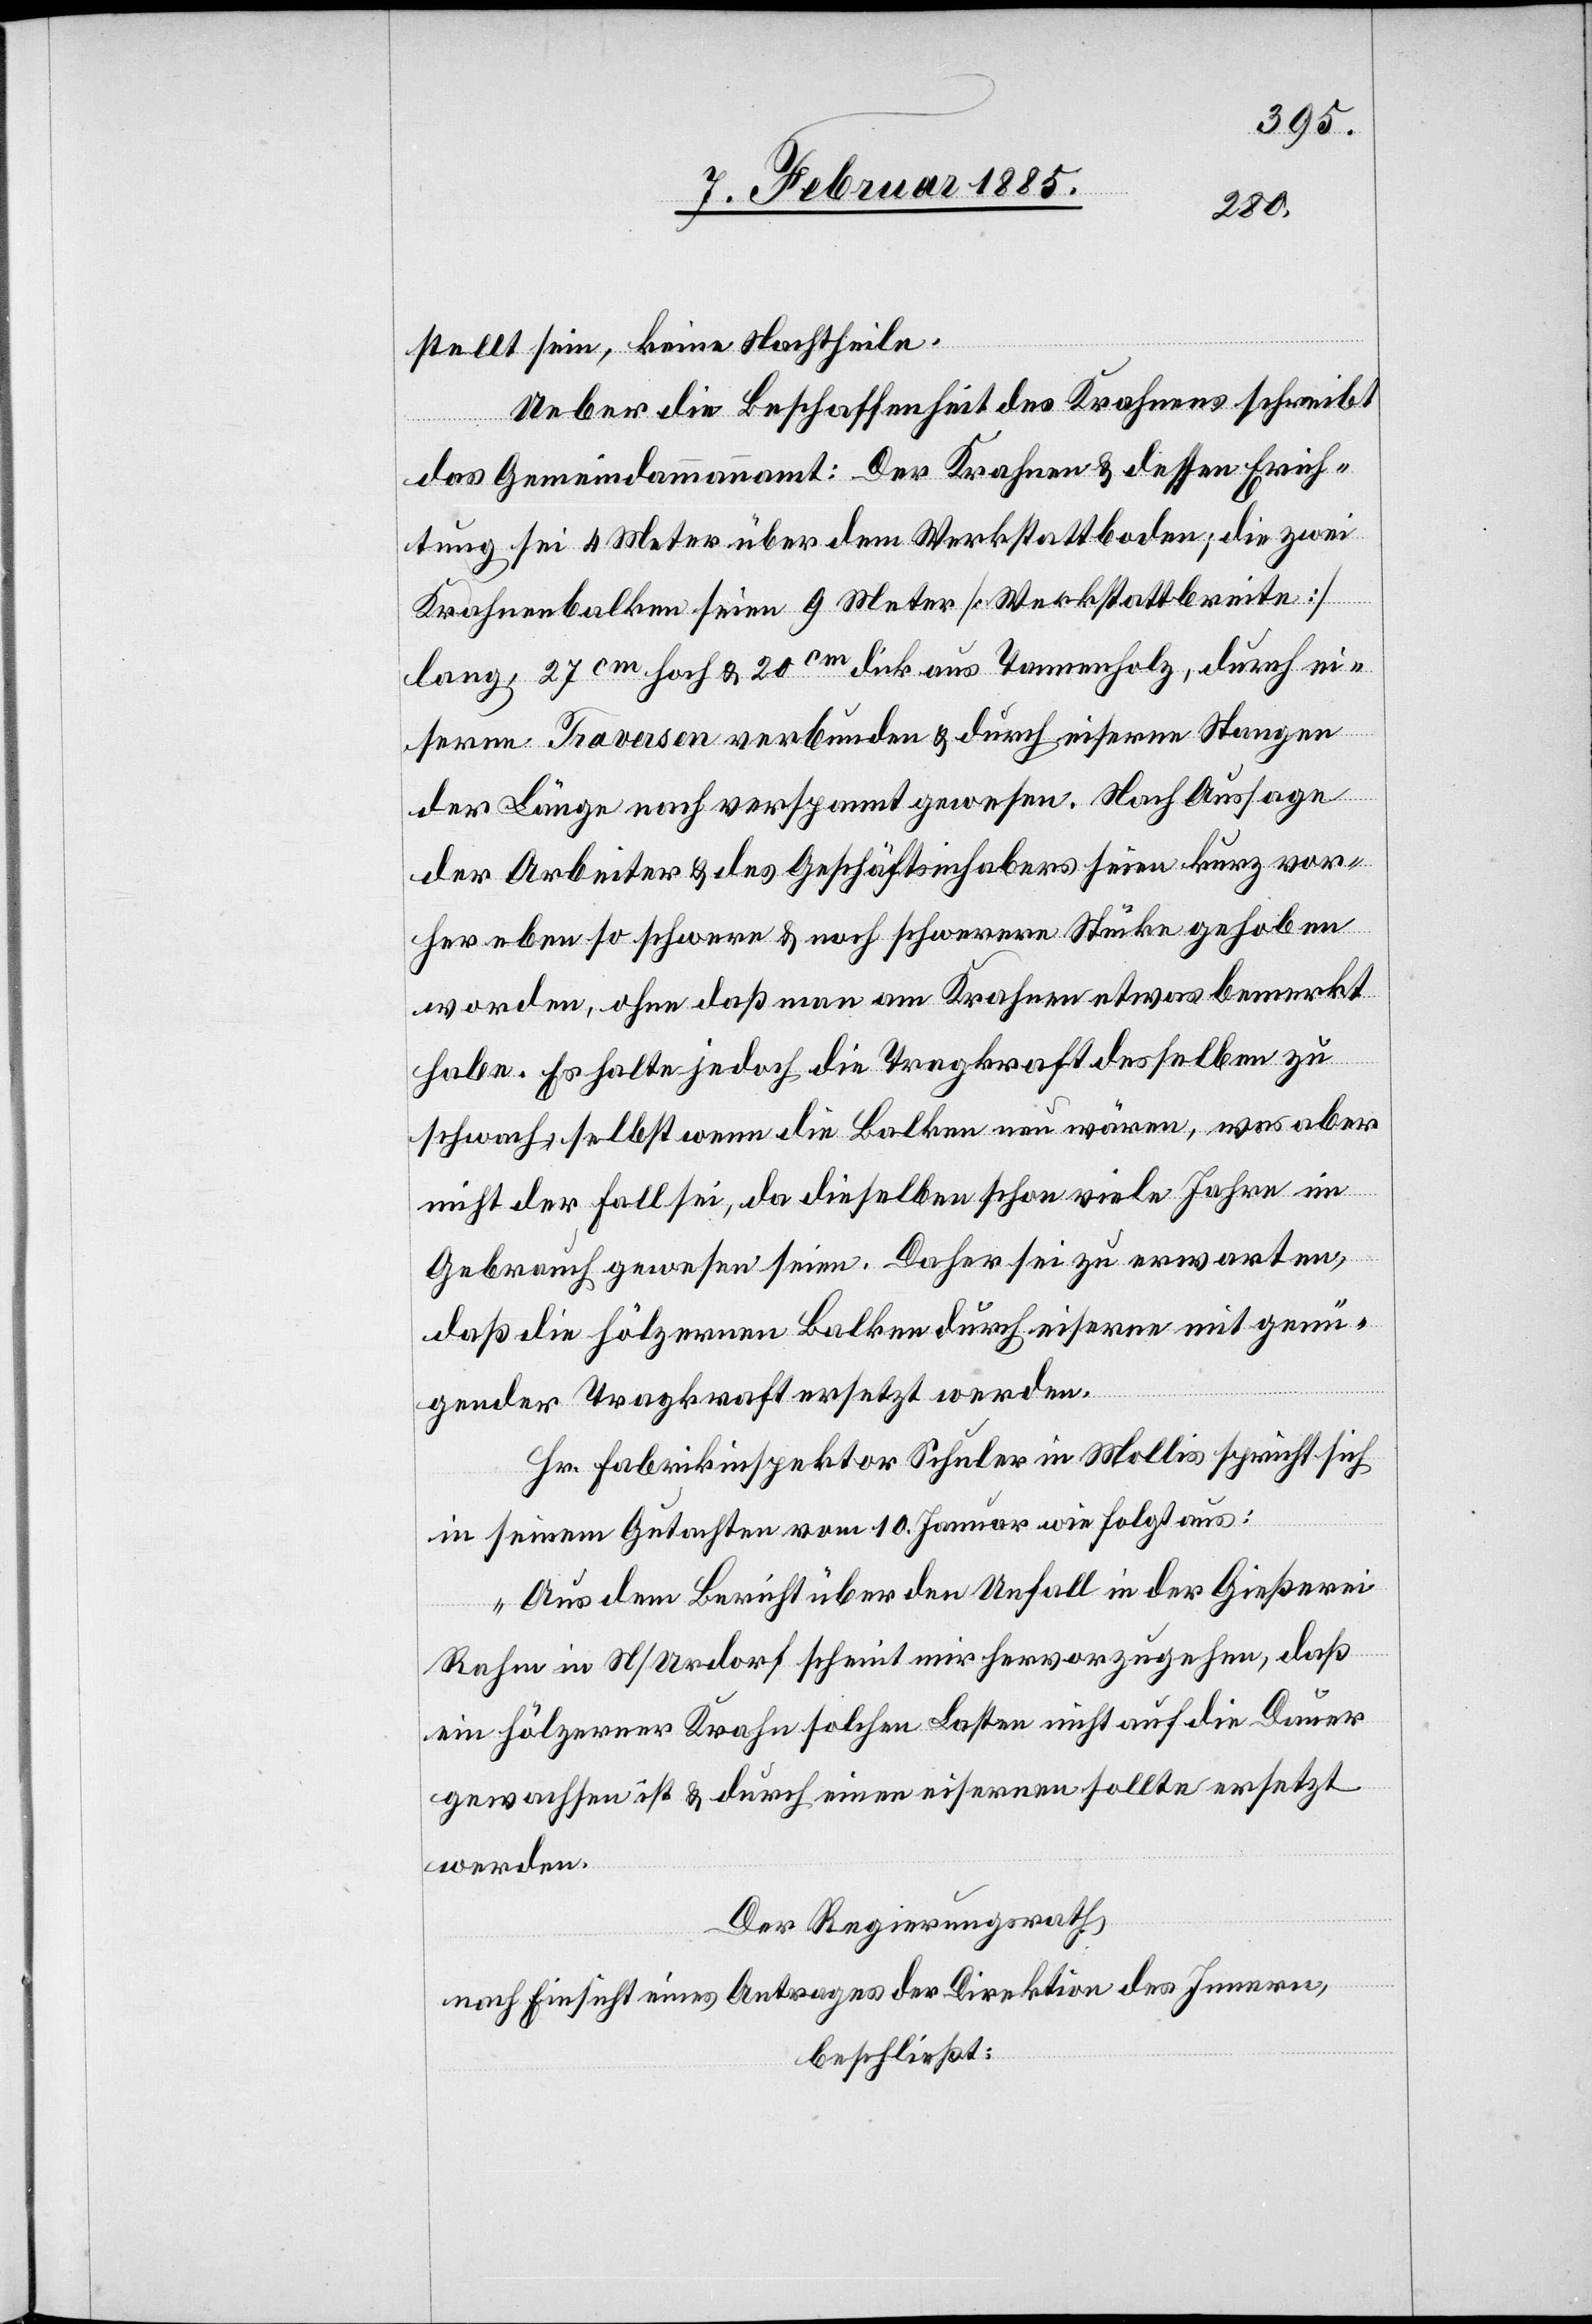
stellt sein, keine Nachtheile.
Ueber die Beschaffenheit des Krahnens schreibt
das Gemeindammannamt: Der Krahnen & dessen Er[r]ich¬
tung sei 4 Meter über dem Werkstattboden; die zwei
Krahnenbalken seien 9 Meter [Werkstattbreite]
lang, 27 cm hoch & 20 cm dick aus Tannenholz, durch ei¬
serne Traversen verbunden & durch eiserne Stangen
der Länge nach verspannt gewesen. Nach Aussage
der Arbeiter & des Geschäftsinhabers seien kurz vor¬
her eben so schwere & noch schwerere Stücke gehoben
worden, ohne daß man am Krahnen etwas bemerkt
habe. Es halte jedoch die Tragkraft desselben zu
schwach, selbst wenn die Balken neu wären, was aber
nicht der Fall sei, da dieselben schon viele Jahre im
Gebrauch gewesen seien. Daher sei zu erwarten,
daß die hölzernen Balken durch eiserne mit genü¬
gender Tragkraft ersetzt werden.
Hr. Fabrikinspektor Schuler in Mollis spricht sich
in seinem Gutachten vom 10. Januar wie folgt aus:
„Aus dem Bericht über den Unfall in der Gießerei
Rahm in N/Urdorf scheint mir hervorzugehen, daß
ein hölzerner Krahn solchen Lasten nicht auf die Dauer
gewachsen ist & durch einen eisernen sollte ersetzt
werden.“
Der Regierungsrath,
nach Einsicht eines Antrages der Direktion des Innern,
beschließt: